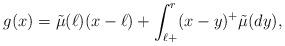
LaTeX: \begin{align*}g(x)= \tilde{\mu}({\ell}) (x-\ell) + \int_{\ell+}^r (x-y)^+ \tilde{\mu}(dy),\end{align*}